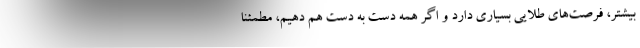
بیشتر، فرصت‌های طلایی بسیاری دارد و اگر همه دست به دست هم دهیم، مطمئنا